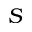
S